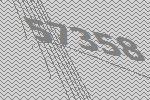
57358